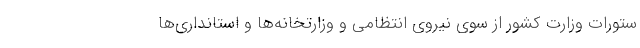
ستورات وزارت کشور از سوی نیروی انتظامی و وزارتخانه‌ها و استانداری‌ها